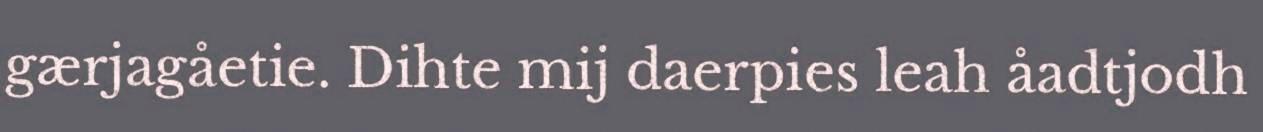
gærjagåetie. Dihte mij daerpies leah åadtjodh